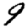
Digit: 9